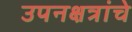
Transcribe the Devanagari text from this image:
उपनक्षत्रांचे